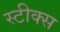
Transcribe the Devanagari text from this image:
स्टीक्स